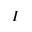
I